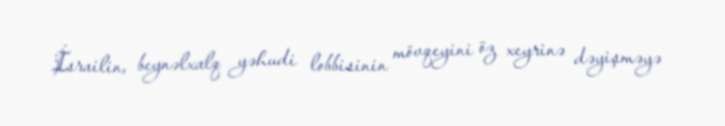
İsrailin, beynəlxalq yəhudi lobbisinin mövqeyini öz xeyrinə dəyişməyə